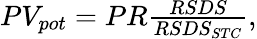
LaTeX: \begin{array}{r}{PV_{pot}=PR\frac{RSDS}{RSDS_{STC}},}\end{array}